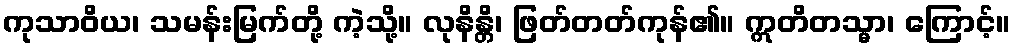
ကုသာဝိယ၊ သမန်းမြက်တို့ ကဲ့သို့။ လုနိန္တိ၊ ဖြတ်တတ်ကုန်၏။ ဣတိတသ္မာ၊ ကြောင့်။